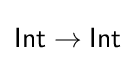
{\mathsf {Int}}\to {\mathsf {Int}}